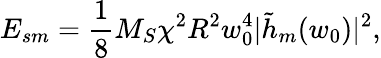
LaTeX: E_{sm}=\frac 18M_{S}\chi^{2}R^{2}w_{0}^{4}|\tilde{h}_{m}(w_{0})|^{2},